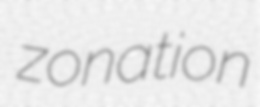
zonation